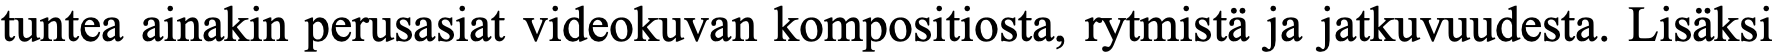
tuntea ainakin perusasiat videokuvan kompositiosta, rytmistä ja jatkuvuudesta. Lisäksi